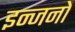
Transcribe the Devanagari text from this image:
इन्जनों